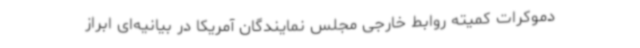
دموکرات کمیته روابط خارجی مجلس نمایندگان آمریکا در بیانیه‌ای ابراز